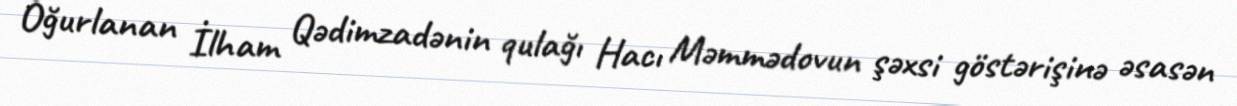
Oğurlanan İlham Qədimzadənin qulağı Hacı Məmmədovun şəxsi göstərişinə əsasən